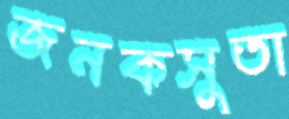
জনকসুতা